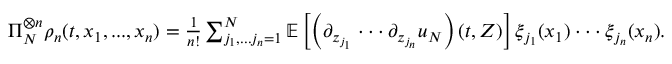
\begin{array} { r } { \Pi _ { N } ^ { \otimes n } \rho _ { n } ( t , x _ { 1 } , . . . , x _ { n } ) = \frac { 1 } { n ! } \sum _ { j _ { 1 } , . . . j _ { n } = 1 } ^ { N } \mathbb { E } \left[ \left( \partial _ { z _ { j _ { 1 } } } \cdot \cdot \cdot \partial _ { z _ { j _ { n } } } u _ { N } \right) ( t , Z ) \right] \xi _ { j _ { 1 } } ( x _ { 1 } ) \cdot \cdot \cdot \xi _ { j _ { n } } ( x _ { n } ) . } \end{array}